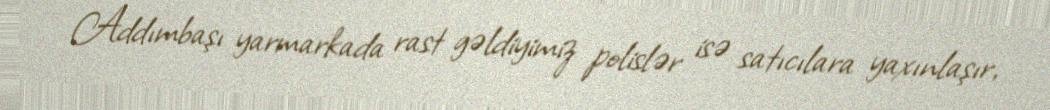
Addımbaşı yarmarkada rast gəldiyimiz polislər isə satıcılara yaxınlaşır,